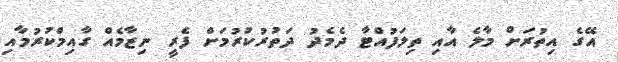
އޭގެ އިތުރަށް މާލެ އާއި ތިލަފުއްޓާ ދެމެދު ދަތުރުކުރުމަށް ފެރީ ނިޒާމެއް ގާއިމްކުރުމާއި